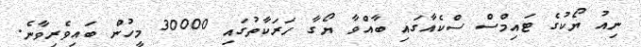
ނިއު ޔޯކުގެ ޓައިމްސް ސްކެއާގައި ބާއްވާ ޔޯގާ ހަރަކާތުގައި 30000 މީހުން ބައިވެރިވާނެ.